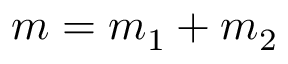
m = m _ { 1 } + m _ { 2 }